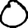
Digit: 0